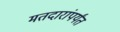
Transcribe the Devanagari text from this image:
मतदारांपर्यंत